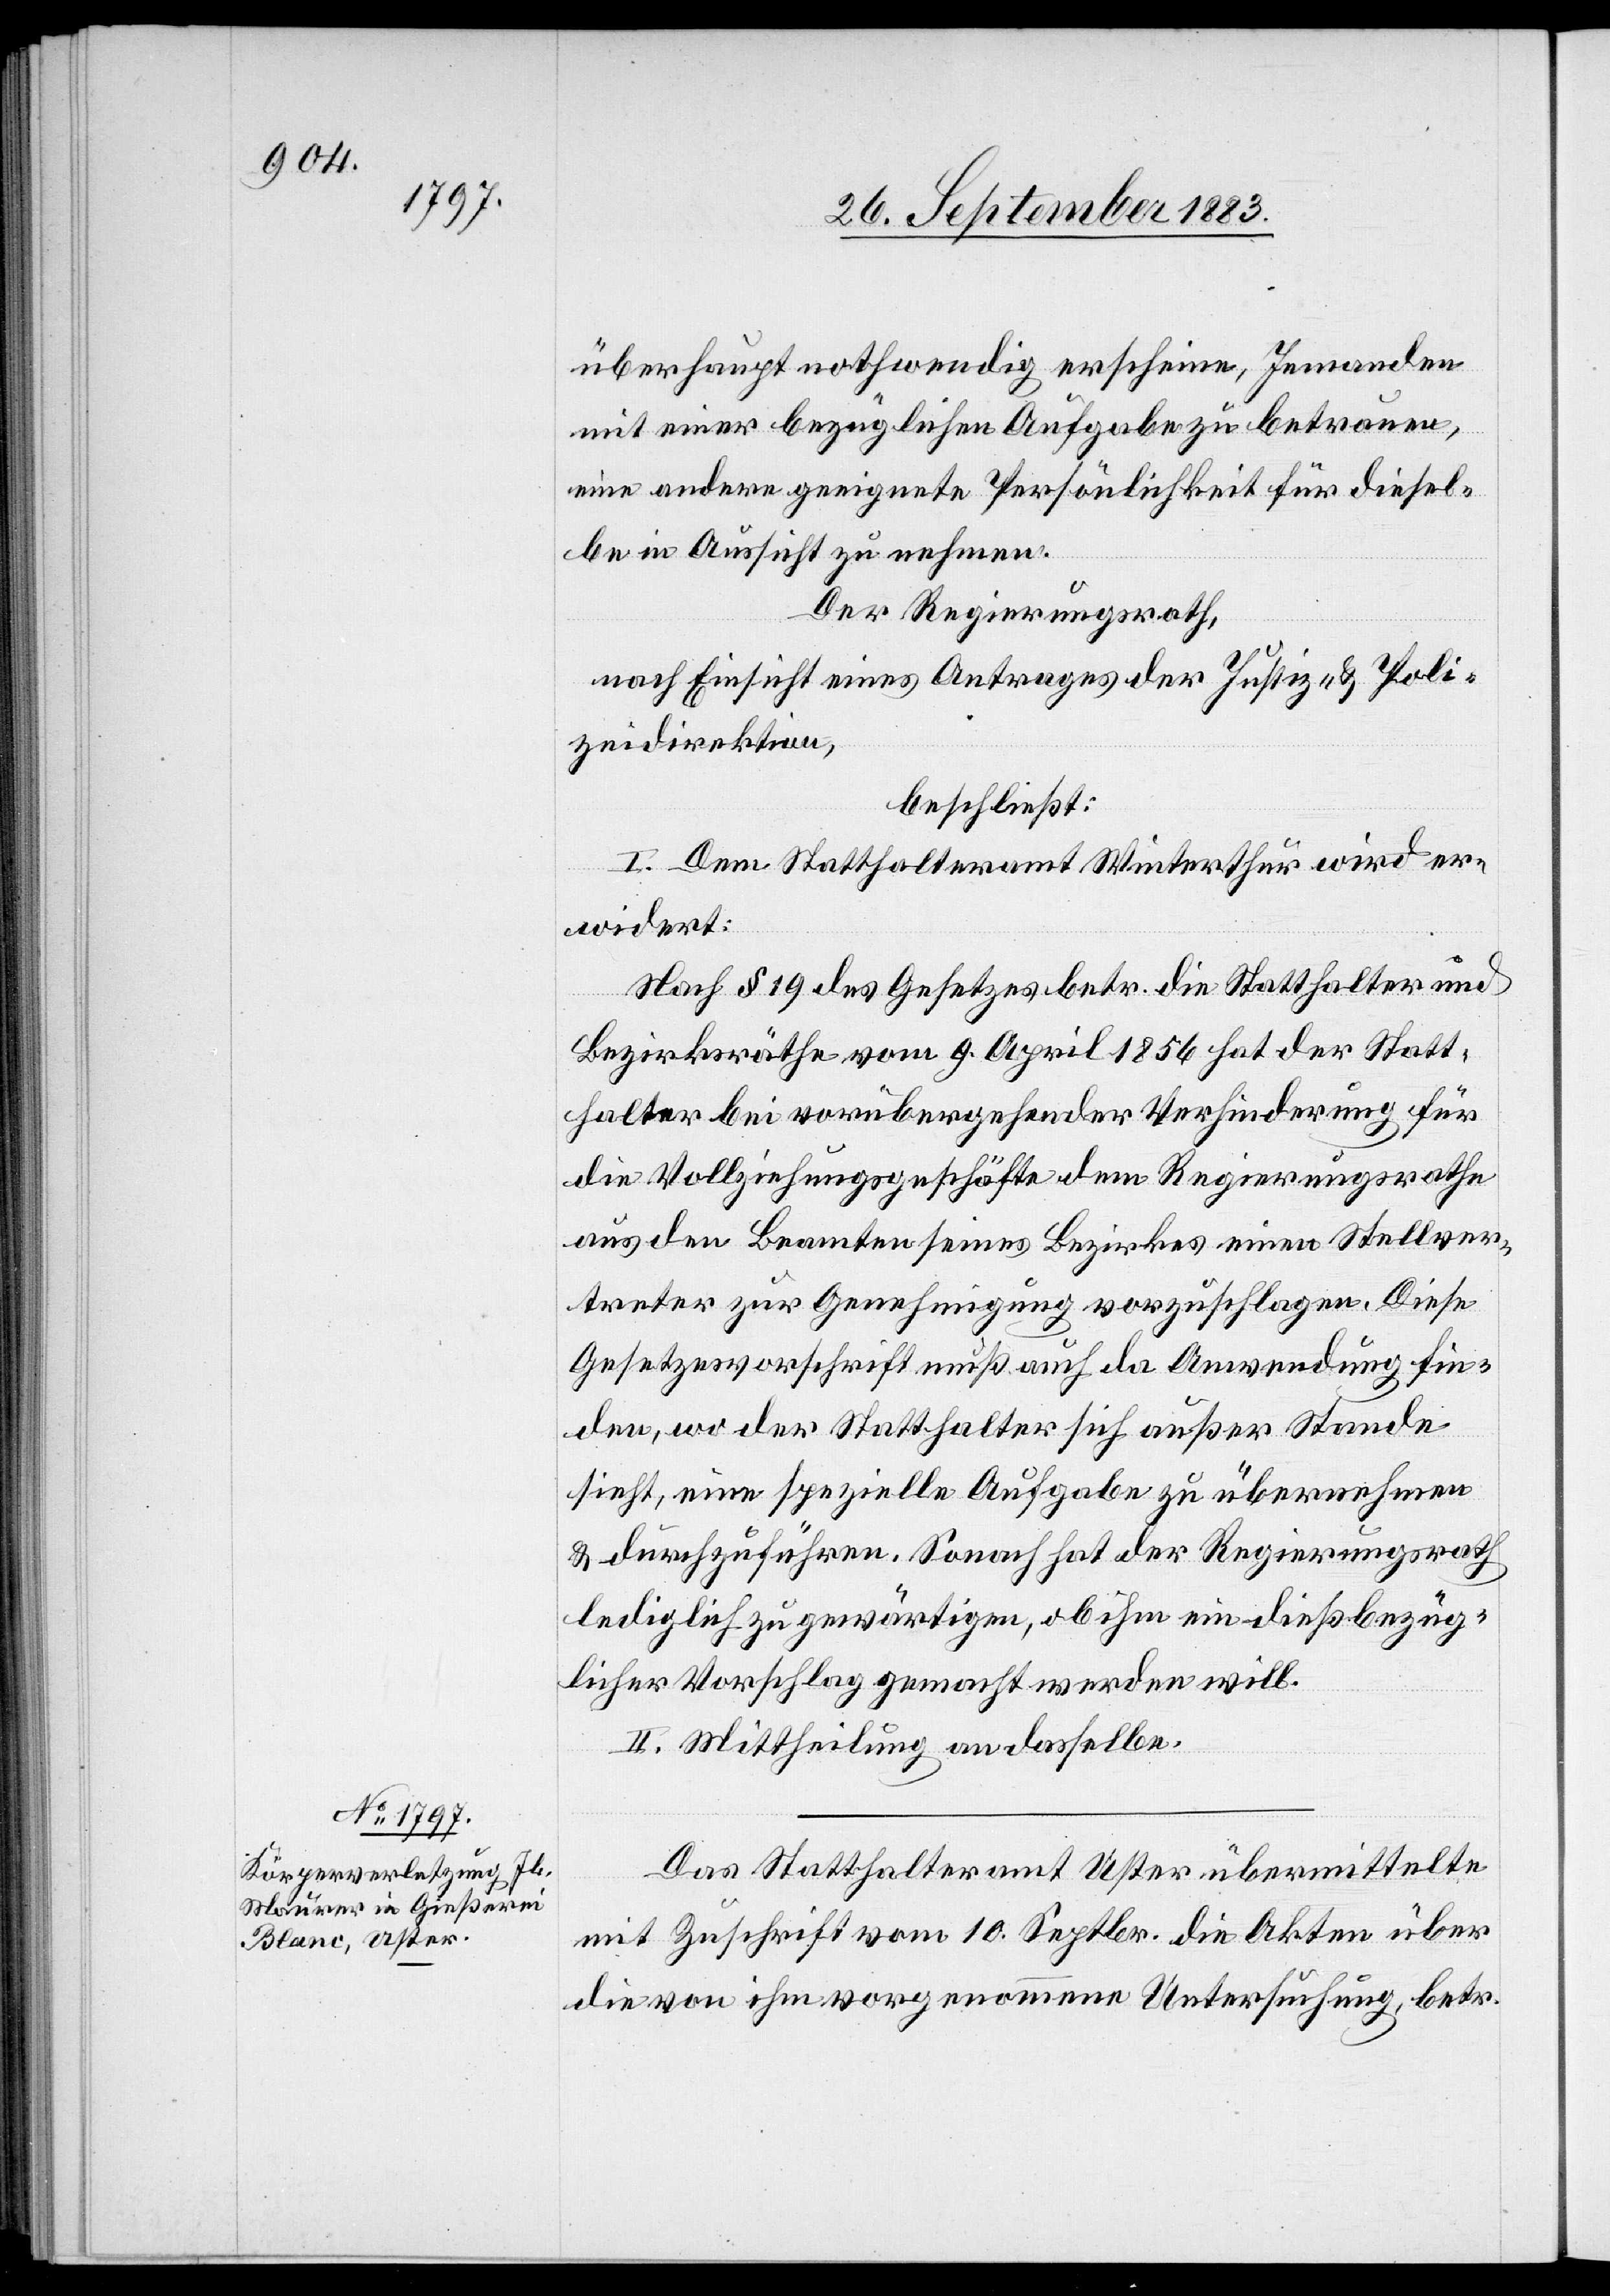
überhaupt nothwendig erscheine, Jemanden
mit einer bezüglichen Aufgabe zu betrauen,
eine andere geeignete Persönlichkeit für diesel¬
be in Aussicht zu nehmen.
Der Regierungsrath,
nach Einsicht eines Antrages der Justiz- & Poli¬
zeidirektion,
beschließt:
I. Dem Statthalteramt Winterthur wird er¬
widert:
Nach § 19 des Gesetzes betr. die Statthalter und
Bezirksräthe vom 9. April 1856 hat der Statt¬
halteramt bei vorübergehender Verhinderung für
die Vollziehungsgeschäfte dem Regierungsrathe
aus den Beamten seines Bezirkes einen Stellver¬
treter zur Genehmigung vorzuschlagen. Diese
Gesetzesvorschrift muß auch da Anwendung fin¬
den, wo der Statthalter sich außer Stande
sieht, eine spezielle Aufgabe zu übernehmen
& durchzuführen. Sonach hat der Regierungsrath
lediglich zu gewärtigen, ob ihm ein dießbezüg¬
licher Vorschlag gemacht werden will.
II. Mittheilung an dasselbe.
Das Statthalteramt Uster übermittelte
mit Zuschrift vom 10. Septbr. die Akten über
die von ihm vorgenommene Untersuchung, betr.